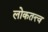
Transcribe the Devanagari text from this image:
लोकतत्त्व